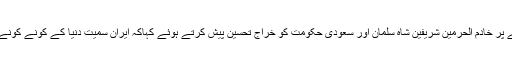
محمد علی درانی نے حج2017ء کے موقع پر بہترین انتظامات کرنے پر خادم الحرمین شریفین شاہ سلمان اور سعودی حکومت کو خراج تحسین پیش کرتے ہوئے کہاکہ ایران سمیت دنیا کے کونے کونے سے آنے والے حجاج نے بہترین خدمات کو سراہا جو خوش آئند ہے۔